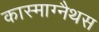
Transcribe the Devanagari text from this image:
कास्माग्नैथस